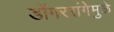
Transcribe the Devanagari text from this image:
डोंगररांगेमुळे